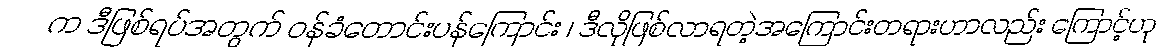
က ဒီဖြစ်ရပ်အတွက် ဝန်ခံတောင်းပန်ကြောင်း ၊ ဒီလိုဖြစ်လာရတဲ့အကြောင်းတရားဟာလည်း ကြောင့်ဟု